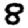
Digit: 8